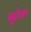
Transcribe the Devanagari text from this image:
मुक्तेश